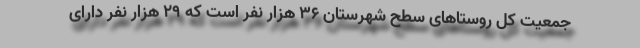
جمعیت کل روستا‌های سطح شهرستان ۳۶ هزار نفر است که ۲۹ هزار نفر دارای